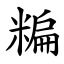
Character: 糄